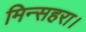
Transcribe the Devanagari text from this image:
मिन्सहरा।